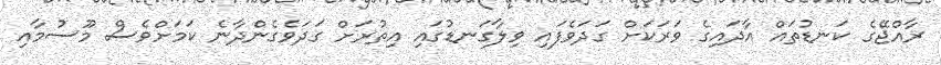
ރާއްޖޭގެ ކަނޑުތައް އާދައިގެ ވަރަކަށް ގަދަވެފައި ވިލާގަނޑުގައި އިތުރަށް ގަދަވެގެންދާނެ ކަމަށްވެސް މޫސުމާއި